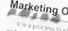
شعرهم